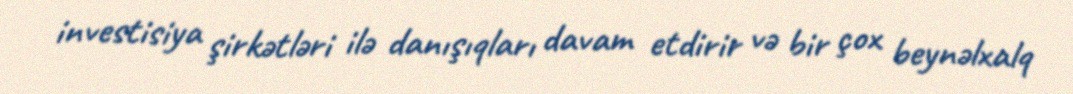
investisiya şirkətləri ilə danışıqları davam etdirir və bir çox beynəlxalq